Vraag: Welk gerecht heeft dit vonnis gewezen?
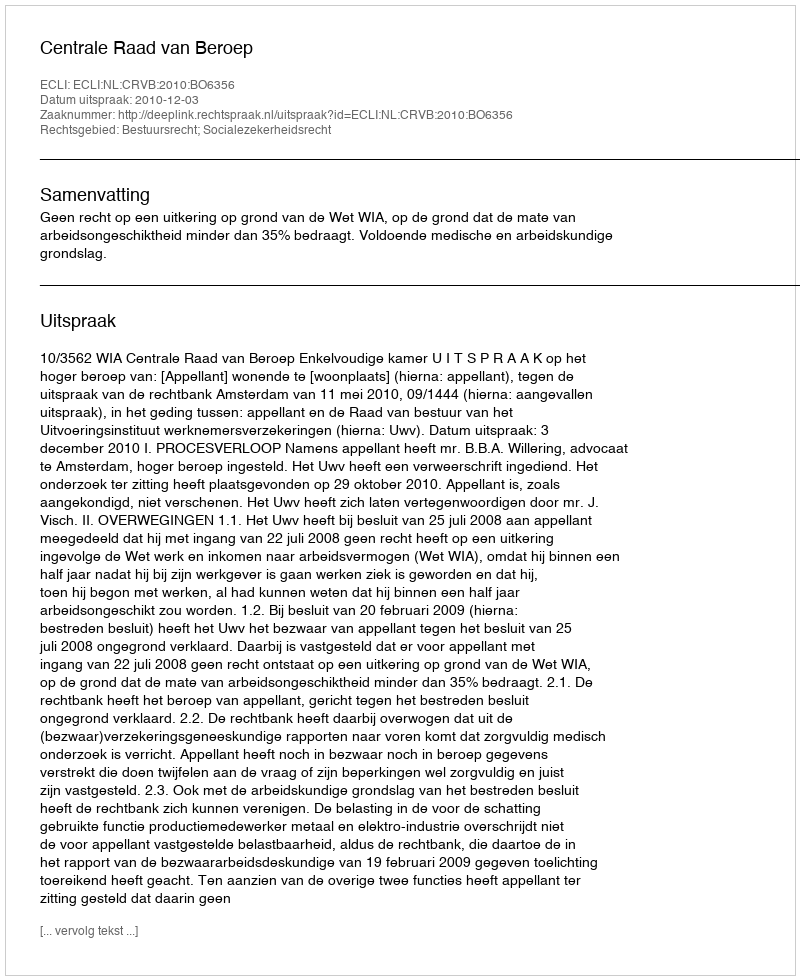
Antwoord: Centrale Raad van Beroep